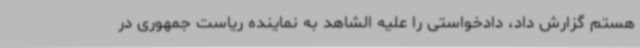
هستم گزارش داد، دادخواستی را علیه الشاهد به نماینده ریاست جمهوری در